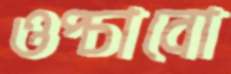
ওপ্‌চাবো